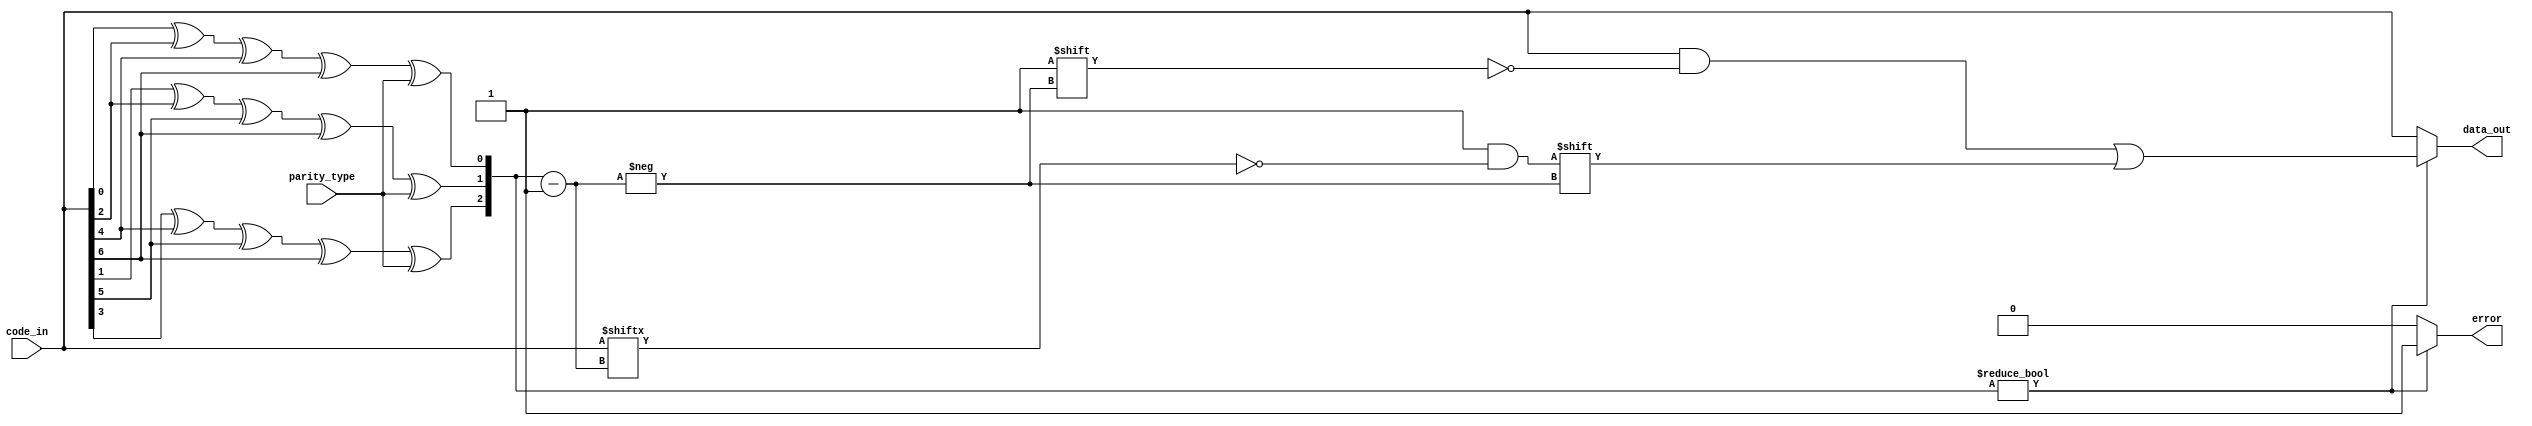
`timescale 1ns / 1ps
module hamming_error_correction(
    input [7:1] code_in,   // 7-bit Hamming code input
    input parity_type,     // Parity type: 0 for even, 1 for odd
    output [7:1] data_out, // 7-bit corrected data output
    output reg error       // Error flag
    );
    
     // Calculate syndrome bits
    wire s1, s2, s3;
    assign s1 = code_in[1] ^ code_in[3] ^ code_in[5] ^ code_in[7] ^ parity_type;    //p1 checks d3,d5,d7
    assign s2 = code_in[2] ^ code_in[3] ^ code_in[6] ^ code_in[7] ^ parity_type;    //p2 checks d3,d6,d7
    assign s3 = code_in[4] ^ code_in[5] ^ code_in[6] ^ code_in[7] ^ parity_type;    //p4 checks d5,d6,d7

    // Determine the error position
    wire [2:0] error_pos;
    assign error_pos = {s3, s2, s1};

    // Correct the error if there is one
    reg [7:1] corrected_code;    //taking a corrected_code register which stores the input code and change the error position
    always @(*) begin
        corrected_code = code_in;
        if (error_pos != 3'b000) begin
            corrected_code[error_pos] = ~corrected_code[error_pos];  //Inverting the error position bit in register
            error = 1; // Error detected and corrected
        end else begin
            error = 0; // No error
        end
    end
    
    assign data_out = corrected_code;   //Giving output the corrected code
  
endmodule